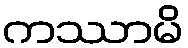
ကဿာမိ